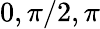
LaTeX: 0,\pi/2,\pi